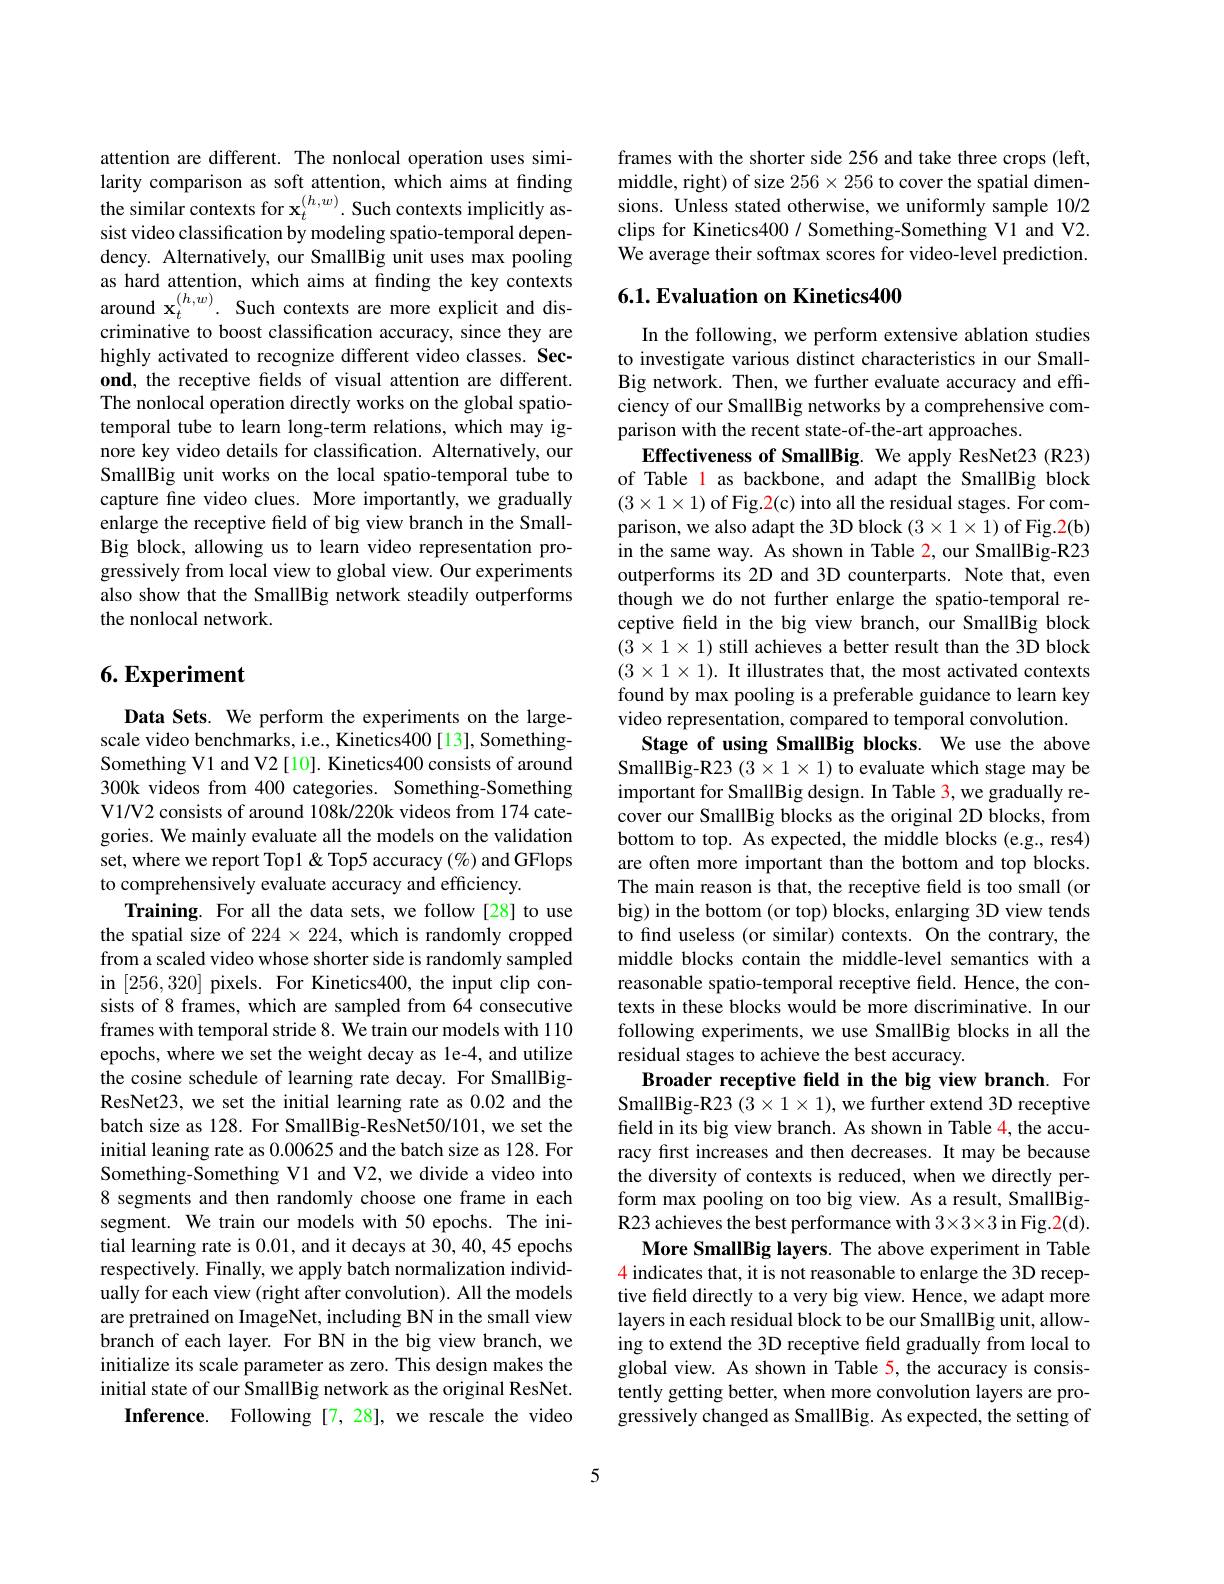
attention are different. The nonlocal operation uses similarity comparison as soft attention, which aims at finding the similar contexts for $\mathbf{x}_t^{(h,w)}.$ Such contexts implicitly assist video classification by modeling spatio-temporal dependency. Alternatively, our SmallBig unit uses max pooling $\begin{array}{l}\mathrm{as~hard~attention,~which~aims~at~finding~the~key~contexts}\\\mathrm{around~x}_{t}^{(h,w)}.\:\mathrm{Such~contexts~are~more~explicit~and~dis-}\end{array}$ criminative to boost classification accuracy, since they are highly activated to recognize different video classes. Second, the receptive fields of visual attention are different. The nonlocal operation directly works on the global spatiotemporal tube to learn long-term relations, which may ignore key video details for classification. Alternatively, our SmallBig unit works on the local spatio-temporal tube to capture fine video clues. More importantly, we gradually enlarge the receptive field of big view branch in the SmallBig block, allowing us to learn video representation progressively from local view to global view. Our experiments also show that the SmallBig network steadily outperforms the nonlocal network.

## $6. \textbf{Experiment}$

Data Sets. We perform the experiments on the largescale video benchmarks, i.e., Kinetics400[13], SomethingSomething V1 and V2 [10]. Kinetics400 consists of around 300k videos from 400 categories. Something-Something V1/V2 consists of around 108k/220k videos from 174 categories. We mainly evaluate all the models on the validation set, where we report Topl & Top5 accuracy (%) and GFlops to comprehensively evaluate accuracy and efficiency.
Training. For all the data sets, we follow [28] to use the spatial size of $224\times224$, which is randomly cropped from a scaled video whose shorter side is randomly sampled in [256,320] pixels. For Kinetics400, the input clip consists of 8 frames, which are sampled from 64 consecutive frames with temporal stride 8. We train our models with 110 epochs, where we set the weight decay as le-4, and utilize the cosine schedule of learning rate decay. For SmallBigResNet23, we set the initial learning rate as 0.02 and the batch size as 128. For SmallBig-ResNet50/101, we set the initial leaning rate as 0.00625 and the batch size as 128. For Something-Something V1 and V2, we divide a video into 8 segments and then randomly choose one frame in each segment. We train our models with 50 epochs. The initial learning rate is 0.01, and it decays at 30, 40, 45 epochs respectively. Finally, we apply batch normalization individually for each view (right after convolution). All the models are pretrained on ImageNet, including BN in the small view branch of each layer. For BN in the big view branch, we initialize its scale parameter as zero. This design makes the initial state of our SmallBig network as the original ResNet.
Inference. Following[7,28], we rescale the video

frames with the shorter side 256 and take three crops (left, middle, right) of size $256\times256$ to cover the spatial dimensions. Unless stated otherwise, we uniformly sample 10/2 clips for Kinetics400 / Something-Something V1 and V2. We average their softmax scores for video-level prediction.

## $6. 1. \textbf{Evaluation on Kinetics}400$

In the following, we perform extensive ablation studies to investigate various distinct characteristics in our SmallBig network. Then, we further evaluate accuracy and efficiency of our SmallBig networks by a comprehensive comparison with the recent state-of-the-art approaches.
Effectiveness of SmallBig. We apply ResNet23(R23) of Table l as backbone, and adapt the SmallBig block $(3\times1\times1)$ of Fig.2(c) into all the residual stages. For comparison, we also adapt the 3D block $(3\times1\times1)$ of Fig.2(b) in the same way. As shown in Table 2, our SmallBig-R23 outperforms its 2D and 3D counterparts. Note that, even though we do not further enlarge the spatio-temporal receptive field in the big view branch, our SmallBig block $(3\times1\times1)$ still achieves a better result than the 3D block $(3\times1\times1).$ It illustrates that, the most activated contexts found by max pooling is a preferable guidance to learn key video representation, compared to temporal convolution.
Stage of using SmallBig blocks. We use the above SmallBig-R23 (3×1×1) to evaluate which stage may be important for SmallBig design. In Table 3, we gradually recover our SmallBig blocks as the original 2D blocks, from bottom to top. As expected, the middle blocks (e.g., res4) are often more important than the bottom and top blocks. The main reason is that, the receptive feld is too small (or big) in the bottom (or top) blocks, enlarging 3D view tends to find useless (or similar) contexts. On the contrary, the middle blocks contain the middle-level semantics with a reasonable spatio-temporal receptive field. Hence, the contexts in these blocks would be more discriminative. In our following experiments, we use SmallBig blocks in all the residual stages to achieve the best accuracy.
Broader receptive feld in the big view branch. For SmallBig-R23 (3×1×1), we further extend 3D receptive field in its big view branch. As shown in Table 4, the accuracy first increases and then decreases. It may be because the diversity of contexts is reduced, when we directly perform max pooling on too big view. As a result, SmallBigR23 achieves the best performance with 3\times3\times3 in Fig.2(d).
More SmallBig layers. The above experiment in Table $\color{red}{4\text{ indicates that, it is not reasonable to enlarge the 3D recep-}}$ tive field directly to a very big view. Hence, we adapt more layers in each residual block to be our SmallBig unit, allowing to extend the 3D receptive field gradually from local to global view. As shown in Table 5, the accuracy is consistently getting better, when more convolution layers are progressively changed as SmallBig. As expected, the setting of

5